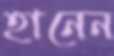
হানেন